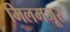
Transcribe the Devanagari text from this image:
मिलमजूर